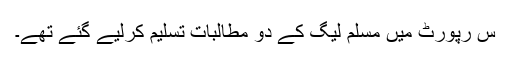
س رپورٹ میں مسلم لیگ کے دو مطالبات تسلیم کرلیے گئے تھے۔